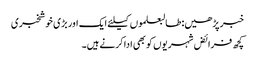
خبر پڑھیں:طالبعلموں کیلئے ایک اور بڑی خوشخبری
کچھ فرائض شہریوں کو بھی ادا کرنے ہیں۔